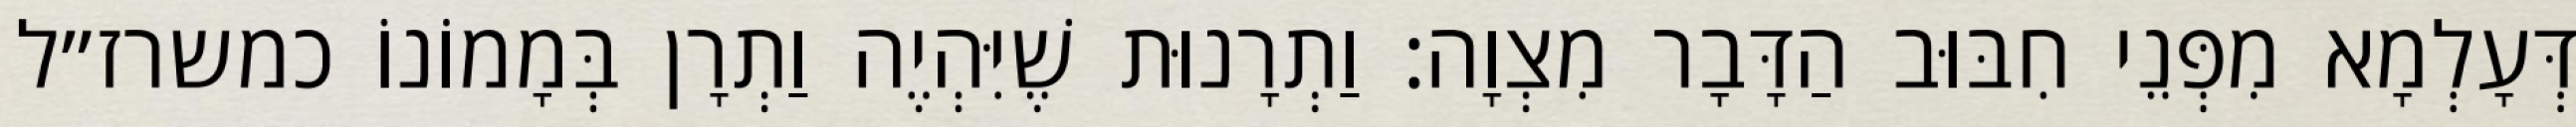
דְּעָלְמָא מִפְּנֵי חִבּוּב הַדָּבָר מִצְוָה: וַתְרָנוּת שֶׁיִּהְיֶה וַתְרָן בְּמָמוֹנוֹ כמשרז״ל